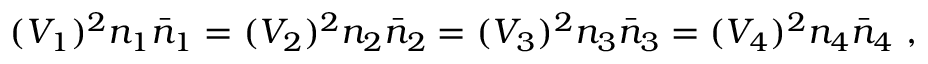
( V _ { 1 } ) ^ { 2 } n _ { 1 } \bar { n } _ { 1 } = ( V _ { 2 } ) ^ { 2 } n _ { 2 } \bar { n } _ { 2 } = ( V _ { 3 } ) ^ { 2 } n _ { 3 } \bar { n } _ { 3 } = ( V _ { 4 } ) ^ { 2 } n _ { 4 } \bar { n } _ { 4 } \ ,